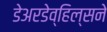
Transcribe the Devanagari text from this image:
डेअरडेव्हिल्सने